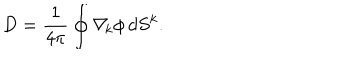
D = { \frac { 1 } { 4 \pi } } \oint \nabla _ { \! k } \phi \, d S ^ { k } .